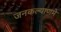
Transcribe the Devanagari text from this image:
जनकल्याणमे